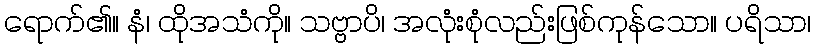
ရောက်၏။ နံ၊ ထိုအသံကို။ သဗ္ဗာပိ၊ အလုံးစုံလည်းဖြစ်ကုန်သော။ ပရိသာ၊